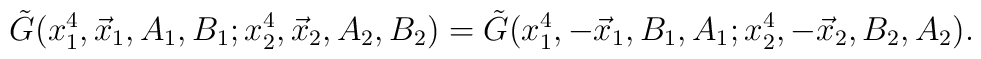
\tilde{G}(x_1^4,\vec{x}_1, A_1, B_1; x_2^4,\vec{x}_2, A_2, B_2) =\tilde{G}(x_1^4,-\vec{x}_1, B_1, A_1; x_2^4,-\vec{x}_2, B_2, A_2).